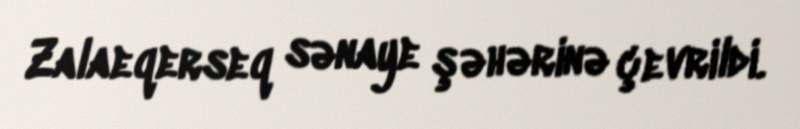
Zalaeqerseq sənaye şəhərinə çevrildi.